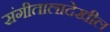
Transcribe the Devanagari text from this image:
संगीतालादेखील